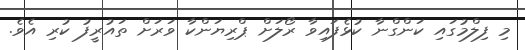
މި ފިލްމުގައި ކަންގްނާ ކުޅެފައިވާ ރޯލަށް ޕްރިޔަންކާ ވަރަށް ތައުރީފު ކުރި އެވެ.